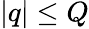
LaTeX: |q|\le Q